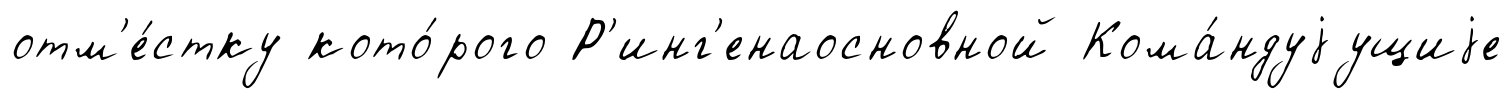
отм'е́стку кото́рого Р'инг'енаосновной Кома́ндуjущиjе